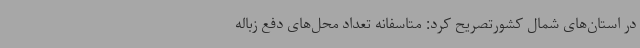
در استان‌های شمال کشورتصریح کرد: متاسفانه تعداد محل‌های دفع زباله